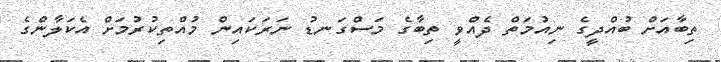
ތިބާއަށް ބުއްދީގެ ނިއުމަތް ދެއްވީ ތިބާގެ މަސްގަނޑު ނަރަކައިން މުއްތިކުރުމަށް އެކަލާންގެ